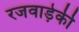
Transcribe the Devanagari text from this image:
रजवाड़ेकी